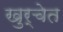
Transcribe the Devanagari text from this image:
खुर्चेत